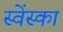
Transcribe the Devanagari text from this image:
स्वेंस्का